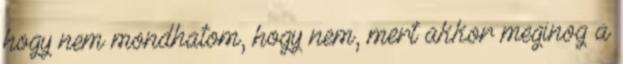
hogy nem mondhatom, hogy nem, mert akkor meginog a